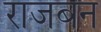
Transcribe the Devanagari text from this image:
राजबन